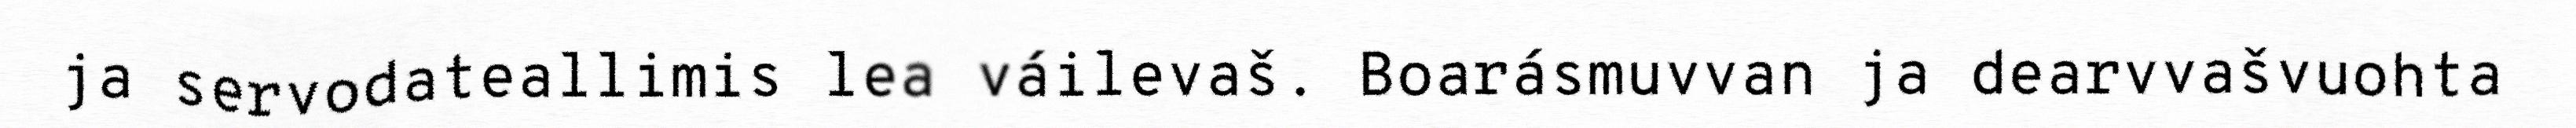
ja servodateallimis lea váilevaš. Boarásmuvvan ja dearvvašvuohta